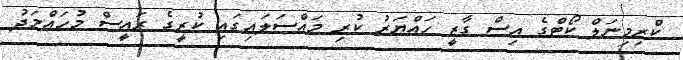
ކްރިމިނަލް ކޯޓްގެ އިސް ގާޒީ ހައްޔަރު ކުރި މައްސަލައިގައި ކުރީގެ ރައީސް މުހައްމަދު